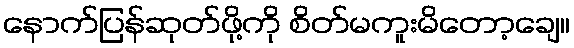
နောက်ပြန်ဆုတ်ဖို့ကို စိတ်မကူးမိတော့ချေ။